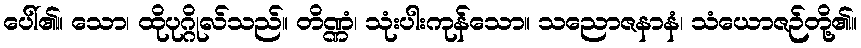
ပေါ်၏။ သော၊ ထိုပုဂ္ဂိုလ်သည်။ တိဏ္ဏံ၊ သုံးပါးကုန်သော။ သညောဇနာနံ၊ သံယောဇဉ်တို့၏။